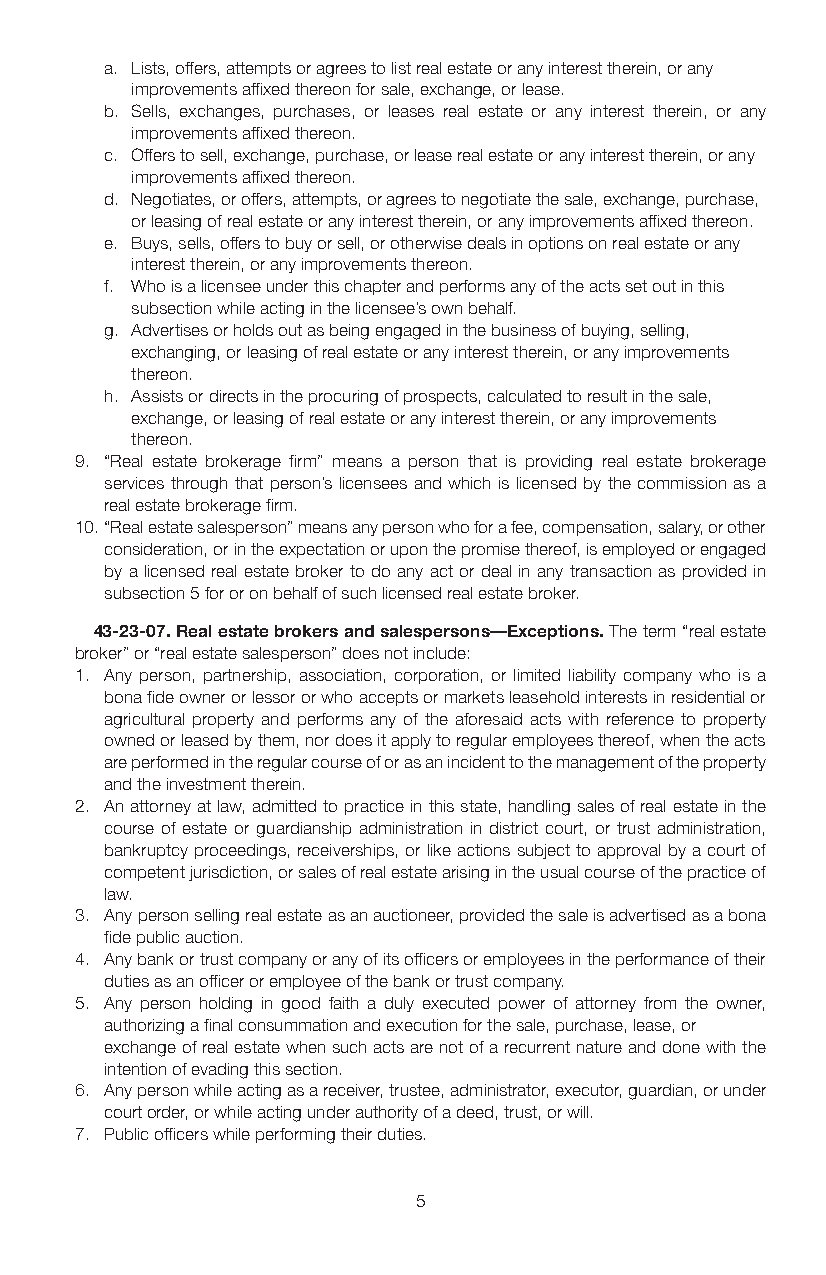
a. Lists, offers, attempts or agrees to list real estate or any interest therein, or any
 improvements affixed thereon for sale, exchange, or lease.
 b. Sells, exchanges, purchases, or leases real estate or any interest therein, or any
 improvements affixed thereon.
 c. Offers to sell, exchange, purchase, or lease real estate or any interest therein, or any
 improvements affixed thereon.
 d. Negotiates, or offers, attempts, or agrees to negotiate the sale, exchange, purchase,
 or leasing of real estate or any interest therein, or any improvements affixed thereon.
 e. Buys, sells, offers to buy or sell, or otherwise deals in options on real estate or any
 interest therein, or any improvements thereon.
 f. Who is a licensee under this chapter and performs any of the acts set out in this
 subsection while acting in the licensee’s own behalf.
 g. Advertises or holds out as being engaged in the business of buying, selling,
 exchanging, or leasing of real estate or any interest therein, or any improvements
 thereon.
 h. Assists or directs in the procuring of prospects, calculated to result in the sale,
 exchange, or leasing of real estate or any interest therein, or any improvements
 thereon.
 9. “Real estate brokerage firm” means a person that is providing real estate brokerage
 services through that person’s licensees and which is licensed by the commission as a
 real estate brokerage firm.
 10. “Real estate salesperson” means any person who for a fee, compensation, salary, or other
 consideration, or in the expectation or upon the promise thereof, is employed or engaged
 by a licensed real estate broker to do any act or deal in any transaction as provided in
 subsection 5 for or on behalf of such licensed real estate broker.
 43-23-07. Real estate brokers and salespersons—Exceptions. The term “real estate
 broker” or “real estate salesperson” does not include:
 1. Any person, partnership, association, corporation, or limited liability company who is a
 bona fide owner or lessor or who accepts or markets leasehold interests in residential or
 agricultural property and performs any of the aforesaid acts with reference to property
 owned or leased by them, nor does it apply to regular employees thereof, when the acts
 are performed in the regular course of or as an incident to the management of the property
 and the investment therein.
 2. An attorney at law, admitted to practice in this state, handling sales of real estate in the
 course of estate or guardianship administration in district court, or trust administration,
 bankruptcy proceedings, receiverships, or like actions subject to approval by a court of
 competent jurisdiction, or sales of real estate arising in the usual course of the practice of
 law.
 3. Any person selling real estate as an auctioneer, provided the sale is advertised as a bona
 fide public auction.
 4. Any bank or trust company or any of its officers or employees in the performance of their
 duties as an officer or employee of the bank or trust company.
 5. Any person holding in good faith a duly executed power of attorney from the owner,
 authorizing a final consummation and execution for the sale, purchase, lease, or
 exchange of real estate when such acts are not of a recurrent nature and done with the
 intention of evading this section.
 6. Any person while acting as a receiver, trustee, administrator, executor, guardian, or under
 court order, or while acting under authority of a deed, trust, or will.
 7. Public officers while performing their duties.
 5